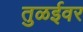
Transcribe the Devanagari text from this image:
तुळईवर